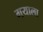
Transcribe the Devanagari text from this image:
गयाला